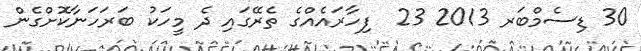
30 ޑިސެމްބަރ 2013 23  ފިހާރައެއްގެ ތެރޭގައި ދެ މީހަކު ބަރަހަނާކޮށްގެން